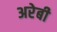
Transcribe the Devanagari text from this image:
अरेबी